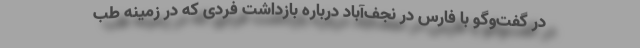
در گفت‌وگو با فارس در نجف‌آباد درباره بازداشت فردی که در زمینه طب